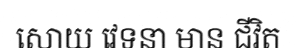
សោយ វេទនា មាន ជីវិត